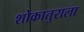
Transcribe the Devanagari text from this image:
शोकातुराला